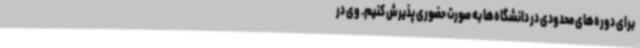
برای دوره‌های محدودی در دانشگاه‌ها به صورت حضوری پذیرش کنیم. وی در